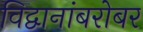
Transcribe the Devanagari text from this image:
विद्वानांबरोबर